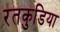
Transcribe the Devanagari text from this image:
रतकुडिया